Insane asylums in Bengal annual reports 1867-1875 - 1867-1875
Year: 1867
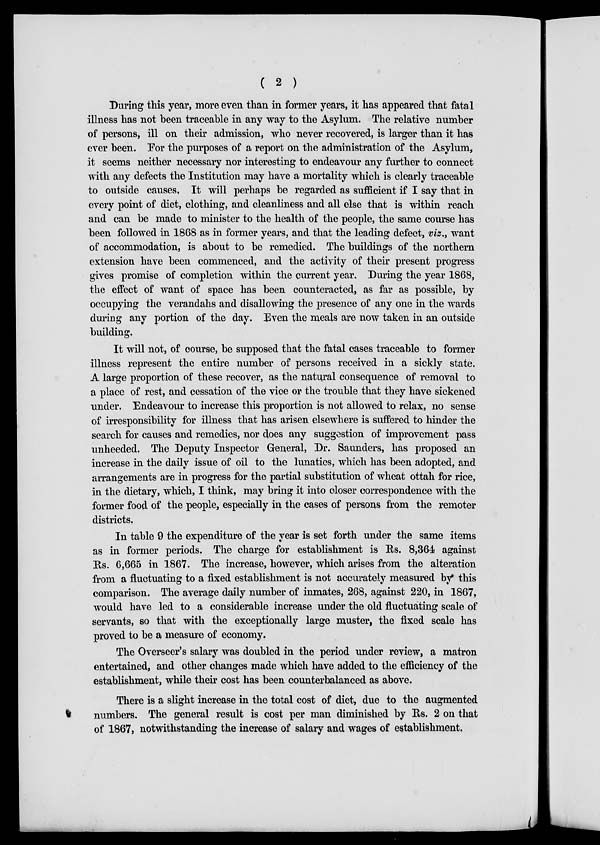
( 2 )
During this year, more even than in former years, it has appeared that fatal
illness has not been traceable in any way to the Asylum. The relative number
of persons, ill on their admission, who never recovered, is larger than it has
ever been. For the purposes of a report on the administration of the Asylum,
it seems neither necessary nor interesting to endeavour any further to connect
with any defects the Institution may have a mortality which is clearly traceable
to outside causes, It will perhaps be regarded as sufficient if I say that in
every point of diet, clothing, and cleanliness and all else that is within reach
and can be made to minister to the health of the people, the same course has
been followed in 1868 as in former years, and that the leading defect, viz., want
of accommodation, is about to be remedied. The buildings of the northern
extension have been commenced, and the activity of their present progress
gives promise of completion within the current year. During the year 1868,
the effect of want of space has been counteracted, as far as possible, by
occupying the verandahs and disallowing the presence of any one in the wards
during any portion of the day. Even the meals are now taken in an outside
building.
It will not, of course, be supposed that the fatal cases traceable to former
illness represent the entire number of persons received in a sickly state.
A large proportion of these recover, as the natural consequence of removal to
a place of rest, and cessation of the vice or the trouble that they have sickened
under. Endeavour to increase this proportion is not allowed to relax, no sense
of irresponsibility for illness that has arisen elsewhere is suffered to hinder the
search for causes and remedies, nor does any suggestion of improvement pass
unheeded. The Deputy Inspector General, Dr. Saunders, has proposed an
increase in the daily issue of oil to the lunatics, which has been adopted, and
arrangements are in progress for the partial substitution of wheat ottah for rice,
in the dietary, which, I think, may bring it into closer correspondence with the
former food of the people, especially in the cases of persons from the remoter
districts.
In table 9 the expenditure of the year is set forth under the same items
as in former periods. The charge for establishment is Rs. 8,364 against
Rs. 6,665 in 1867. The increase, however, which arises from the alteration
from a fluctuating to a fixed establishment is not accurately measured by this
comparison. The average daily number of inmates, 268, against 220, in 1867,
would have led to a considerable increase under the old fluctuating scale of
servants, so that with the exceptionally large muster, the fixed scale has
proved to be a measure of economy.
The Overseer's salary was doubled in the period under review, a matron
entertained, and other changes made which have added to the efficiency of the
establishment, while their cost has been counterbalanced as above.
There is a slight increase in the total cost of diet, due to the augmented
numbers. The general result is cost per man diminished by Rs. 2 on that
of 1867, notwithstanding the increase of salary and wages of establishment.